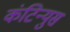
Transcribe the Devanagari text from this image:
कंटिन्युस